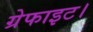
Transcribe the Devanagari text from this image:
ग्रेफाइट।